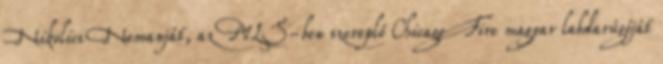
Nikolics Nemanját, az MLS-ben szereplő Chicago Fire magyar labdarúgóját